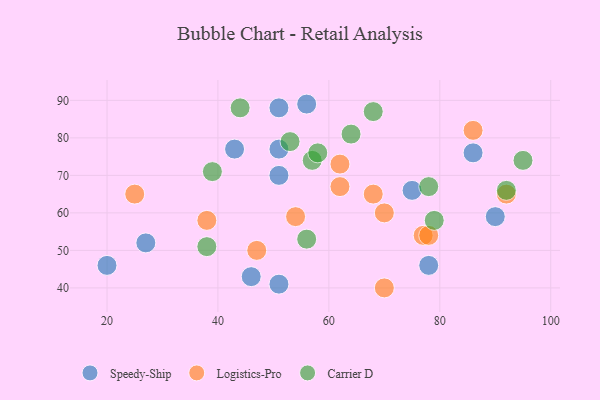
{"axis": {"x": "GDP", "y": "Life Expectancy"}, "legend": ["Carrier D", "Logistics-Pro", "Speedy-Ship"], "data": [{"x": "46", "y": 43, "type": "Speedy-Ship"}, {"x": "90", "y": 59, "type": "Speedy-Ship"}, {"x": "75", "y": 66, "type": "Speedy-Ship"}, {"x": "43", "y": 77, "type": "Speedy-Ship"}, {"x": "78", "y": 46, "type": "Speedy-Ship"}, {"x": "51", "y": 70, "type": "Speedy-Ship"}, {"x": "86", "y": 76, "type": "Speedy-Ship"}, {"x": "20", "y": 46, "type": "Speedy-Ship"}, {"x": "51", "y": 41, "type": "Speedy-Ship"}, {"x": "56", "y": 89, "type": "Speedy-Ship"}, {"x": "51", "y": 88, "type": "Speedy-Ship"}, {"x": "51", "y": 77, "type": "Speedy-Ship"}, {"x": "27", "y": 52, "type": "Speedy-Ship"}, {"x": "38", "y": 58, "type": "Logistics-Pro"}, {"x": "47", "y": 50, "type": "Logistics-Pro"}, {"x": "77", "y": 54, "type": "Logistics-Pro"}, {"x": "92", "y": 65, "type": "Logistics-Pro"}, {"x": "78", "y": 54, "type": "Logistics-Pro"}, {"x": "86", "y": 82, "type": "Logistics-Pro"}, {"x": "70", "y": 40, "type": "Logistics-Pro"}, {"x": "25", "y": 65, "type": "Logistics-Pro"}, {"x": "62", "y": 73, "type": "Logistics-Pro"}, {"x": "68", "y": 65, "type": "Logistics-Pro"}, {"x": "70", "y": 60, "type": "Logistics-Pro"}, {"x": "62", "y": 67, "type": "Logistics-Pro"}, {"x": "54", "y": 59, "type": "Logistics-Pro"}, {"x": "92", "y": 66, "type": "Carrier D"}, {"x": "44", "y": 88, "type": "Carrier D"}, {"x": "79", "y": 58, "type": "Carrier D"}, {"x": "78", "y": 67, "type": "Carrier D"}, {"x": "53", "y": 79, "type": "Carrier D"}, {"x": "95", "y": 74, "type": "Carrier D"}, {"x": "57", "y": 74, "type": "Carrier D"}, {"x": "64", "y": 81, "type": "Carrier D"}, {"x": "68", "y": 87, "type": "Carrier D"}, {"x": "39", "y": 71, "type": "Carrier D"}, {"x": "58", "y": 76, "type": "Carrier D"}, {"x": "56", "y": 53, "type": "Carrier D"}, {"x": "38", "y": 51, "type": "Carrier D"}]}